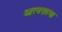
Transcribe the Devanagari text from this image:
आत्मरात्मा